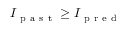
I _ { \mathrm { ~ p ~ a ~ s ~ t ~ } } \geq I _ { \mathrm { ~ p ~ r ~ e ~ d ~ } }